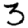
Digit: 3